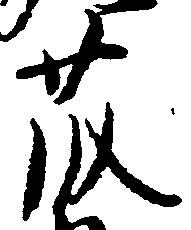
藤